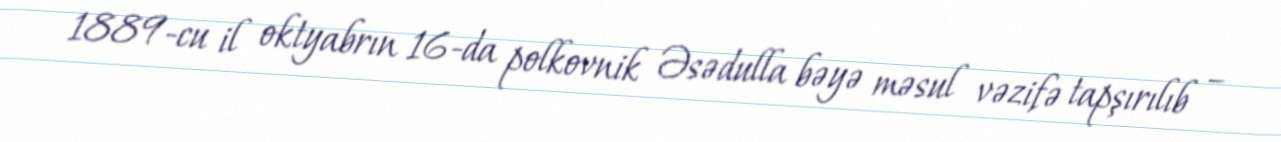
1889-cu il oktyabrın 16-da polkovnik Əsədulla bəyə məsul vəzifə tapşırılıb –